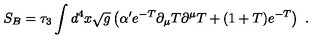
S _ { B } = \tau _ { 3 } \int d ^ { 4 } x \sqrt { g } \left( \alpha ^ { \prime } e ^ { - T } \partial _ { \mu } { T } \partial ^ { \mu } { T } + ( 1 + T ) e ^ { - T } \right) \ .